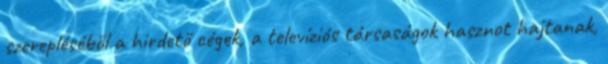
szerepléséből a hirdető cégek, a televíziós társaságok hasznot hajtanak,